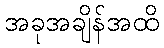
အခုအချိန်အထိ